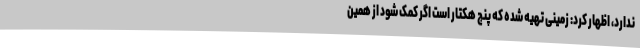
ندارد، اظهار کرد: زمینی تهیه شده که پنج هکتار است اگر کمک شود از همین